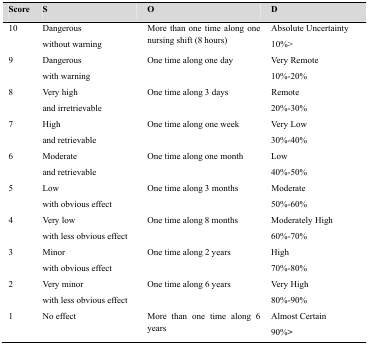
<table><thead><tr><td><b>Score</b></td><td><b>S</b></td><td><b>O</b></td><td><b>D</b></td></tr></thead><tbody><tr><td rowspan="2">10</td><td>Dangerous</td><td rowspan="2">More than one time along one nursing shift (8 hours)</td><td>Absolute Uncertainty</td></tr><tr><td>without warning</td><td>10%&gt;</td></tr><tr><td rowspan="2">9</td><td>Dangerous</td><td rowspan="2">One time along one day</td><td>Very Remote</td></tr><tr><td>with warning</td><td>10%-20%</td></tr><tr><td rowspan="2">8</td><td>Very high</td><td rowspan="2">One time along 3 days</td><td>Remote</td></tr><tr><td>and irretrievable</td><td>20%-30%</td></tr><tr><td rowspan="2">7</td><td>High</td><td rowspan="2">One time along one week</td><td>Very Low</td></tr><tr><td>and retrievable</td><td>30%-40%</td></tr><tr><td rowspan="2">6</td><td>Moderate</td><td rowspan="2">One time along one month</td><td>Low</td></tr><tr><td>and retrievable</td><td>40%-50%</td></tr><tr><td rowspan="2">5</td><td>Low</td><td rowspan="2">One time along 3 months</td><td>Moderate</td></tr><tr><td>with obvious effect</td><td>50%-60%</td></tr><tr><td rowspan="2">4</td><td>Very low</td><td rowspan="2">One time along 8 months</td><td>Moderately High</td></tr><tr><td>with less obvious effect</td><td>60%-70%</td></tr><tr><td rowspan="2">3</td><td>Minor</td><td rowspan="2">One time along 2 years</td><td>High</td></tr><tr><td>with obvious effect</td><td>70%-80%</td></tr><tr><td rowspan="2">2</td><td>Very minor</td><td rowspan="2">One time along 6 years</td><td>Very High</td></tr><tr><td>with less obvious effect</td><td>80%-90%</td></tr><tr><td rowspan="2">1</td><td rowspan="2">No effect</td><td rowspan="2">More than one time along 6 years</td><td>Almost Certain</td></tr><tr><td>90%&gt;</td></tr></tbody></table>